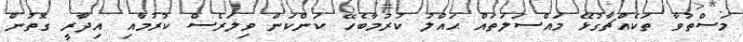
މަސްތުވާ ތަކެއްޗާގުޅޭ މައްސަލަތައް ޙައްލު ކުރުމާބެހޭ ކަންކަން ވިލަރެސް ކުރުމާއި އިދާރީ ގޮތުން